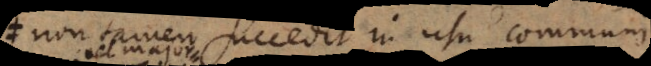
non tamen succedit in usu communi